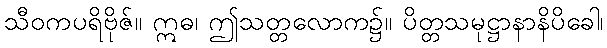
သီဝကပရိဗိုဇ်။ ဣဓ၊ ဤသတ္တလောက၌။ ပိတ္တသမုဋ္ဌာနာနိပိခေါ၊